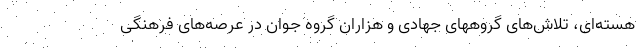
هسته‌ای، تلاش‌های گروههای جهادی و هزاران گروه جوان در عرصه‌های فرهنگی